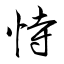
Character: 恃